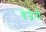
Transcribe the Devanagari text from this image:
बेजैनी